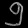
Digit: ၅